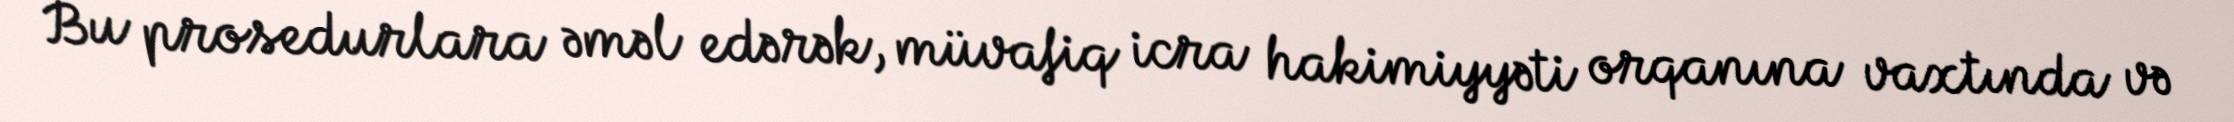
Bu prosedurlara əməl edərək, müvafiq icra hakimiyyəti orqanına vaxtında və